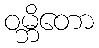
ဝမ္ဘိတော